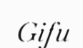
Gifu